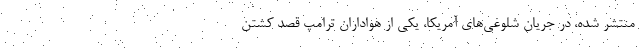
منتشر شده، در جریان شلوغی‌های آمریکا، یکی از هواداران ترامپ قصد کشتن